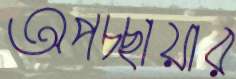
অপচ্ছায়ার